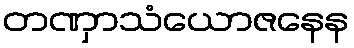
တဏှာသံယောဇနေန